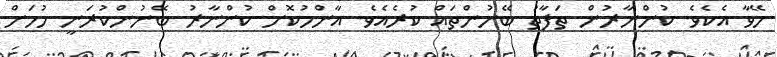
މޭވާ އެކެވެ. ކުންނާރުން ތަފާތު ބޭނުންތައް ކުރެއެވެ. އާންމުކޮށް ކުންނާރު ބޭނުންކުރަނީ ހުހަށް